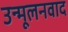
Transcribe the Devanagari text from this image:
उन्मूलनवाद